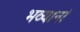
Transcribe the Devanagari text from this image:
भव्यानां